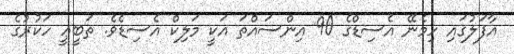
އާފަލުގައި ހިމެނޭ އެސިޑްގެ 90 އިންސައްތަ އަކީ މަލިކް އެސިޑެވެ. ތަބީޢީ ހަކުރުގެ